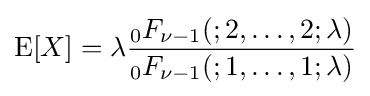
\operatorname {E} [X]=\lambda {\frac {_{0}F_{\nu -1}(;2,\ldots ,2;\lambda )}{_{0}F_{\nu -1}(;1,\ldots ,1;\lambda )}}